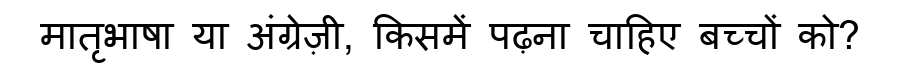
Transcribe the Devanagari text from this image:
मातृभाषा या अंग्रेज़ी, किसमें पढ़ना चाहिए बच्चों को?